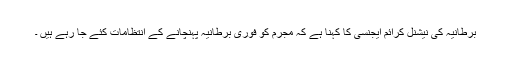
برطانیہ کی نیشنل کرائم ایجنسی کا کہنا ہے کہ مجرم کو فوری برطانیہ پہنچانے کے انتظامات کئے جا رہے ہیں ۔